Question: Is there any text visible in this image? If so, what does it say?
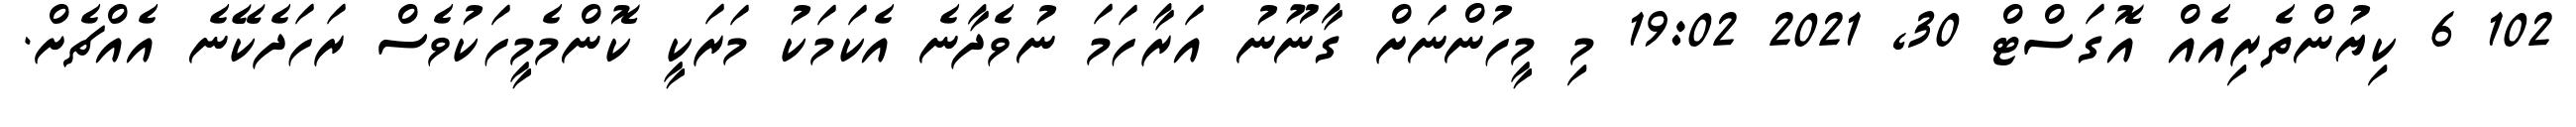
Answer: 102 6 ކިޔުންތެރިއެއް އޮގަސްޓް 30, 2021 19:02 މި މީހުންނަށް ގާނޫނު އަރާހަމަ ނުވެދާނެ އެކަމަކު މަރަކީ ކޮންމެމީހަކުވެސް ރަހަދެކޭނެ އެއްޗެށް.